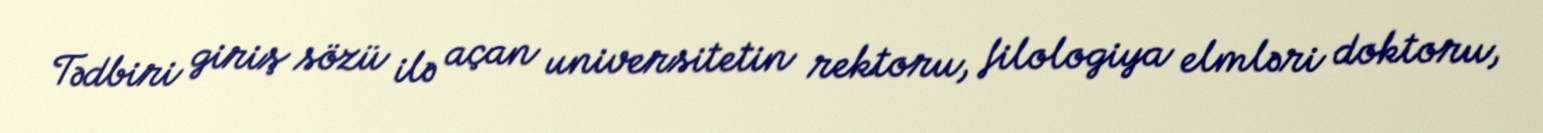
Tədbiri giriş sözü ilə açan universitetin rektoru, filologiya elmləri doktoru,